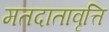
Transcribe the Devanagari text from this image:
मतदातावृत्ति